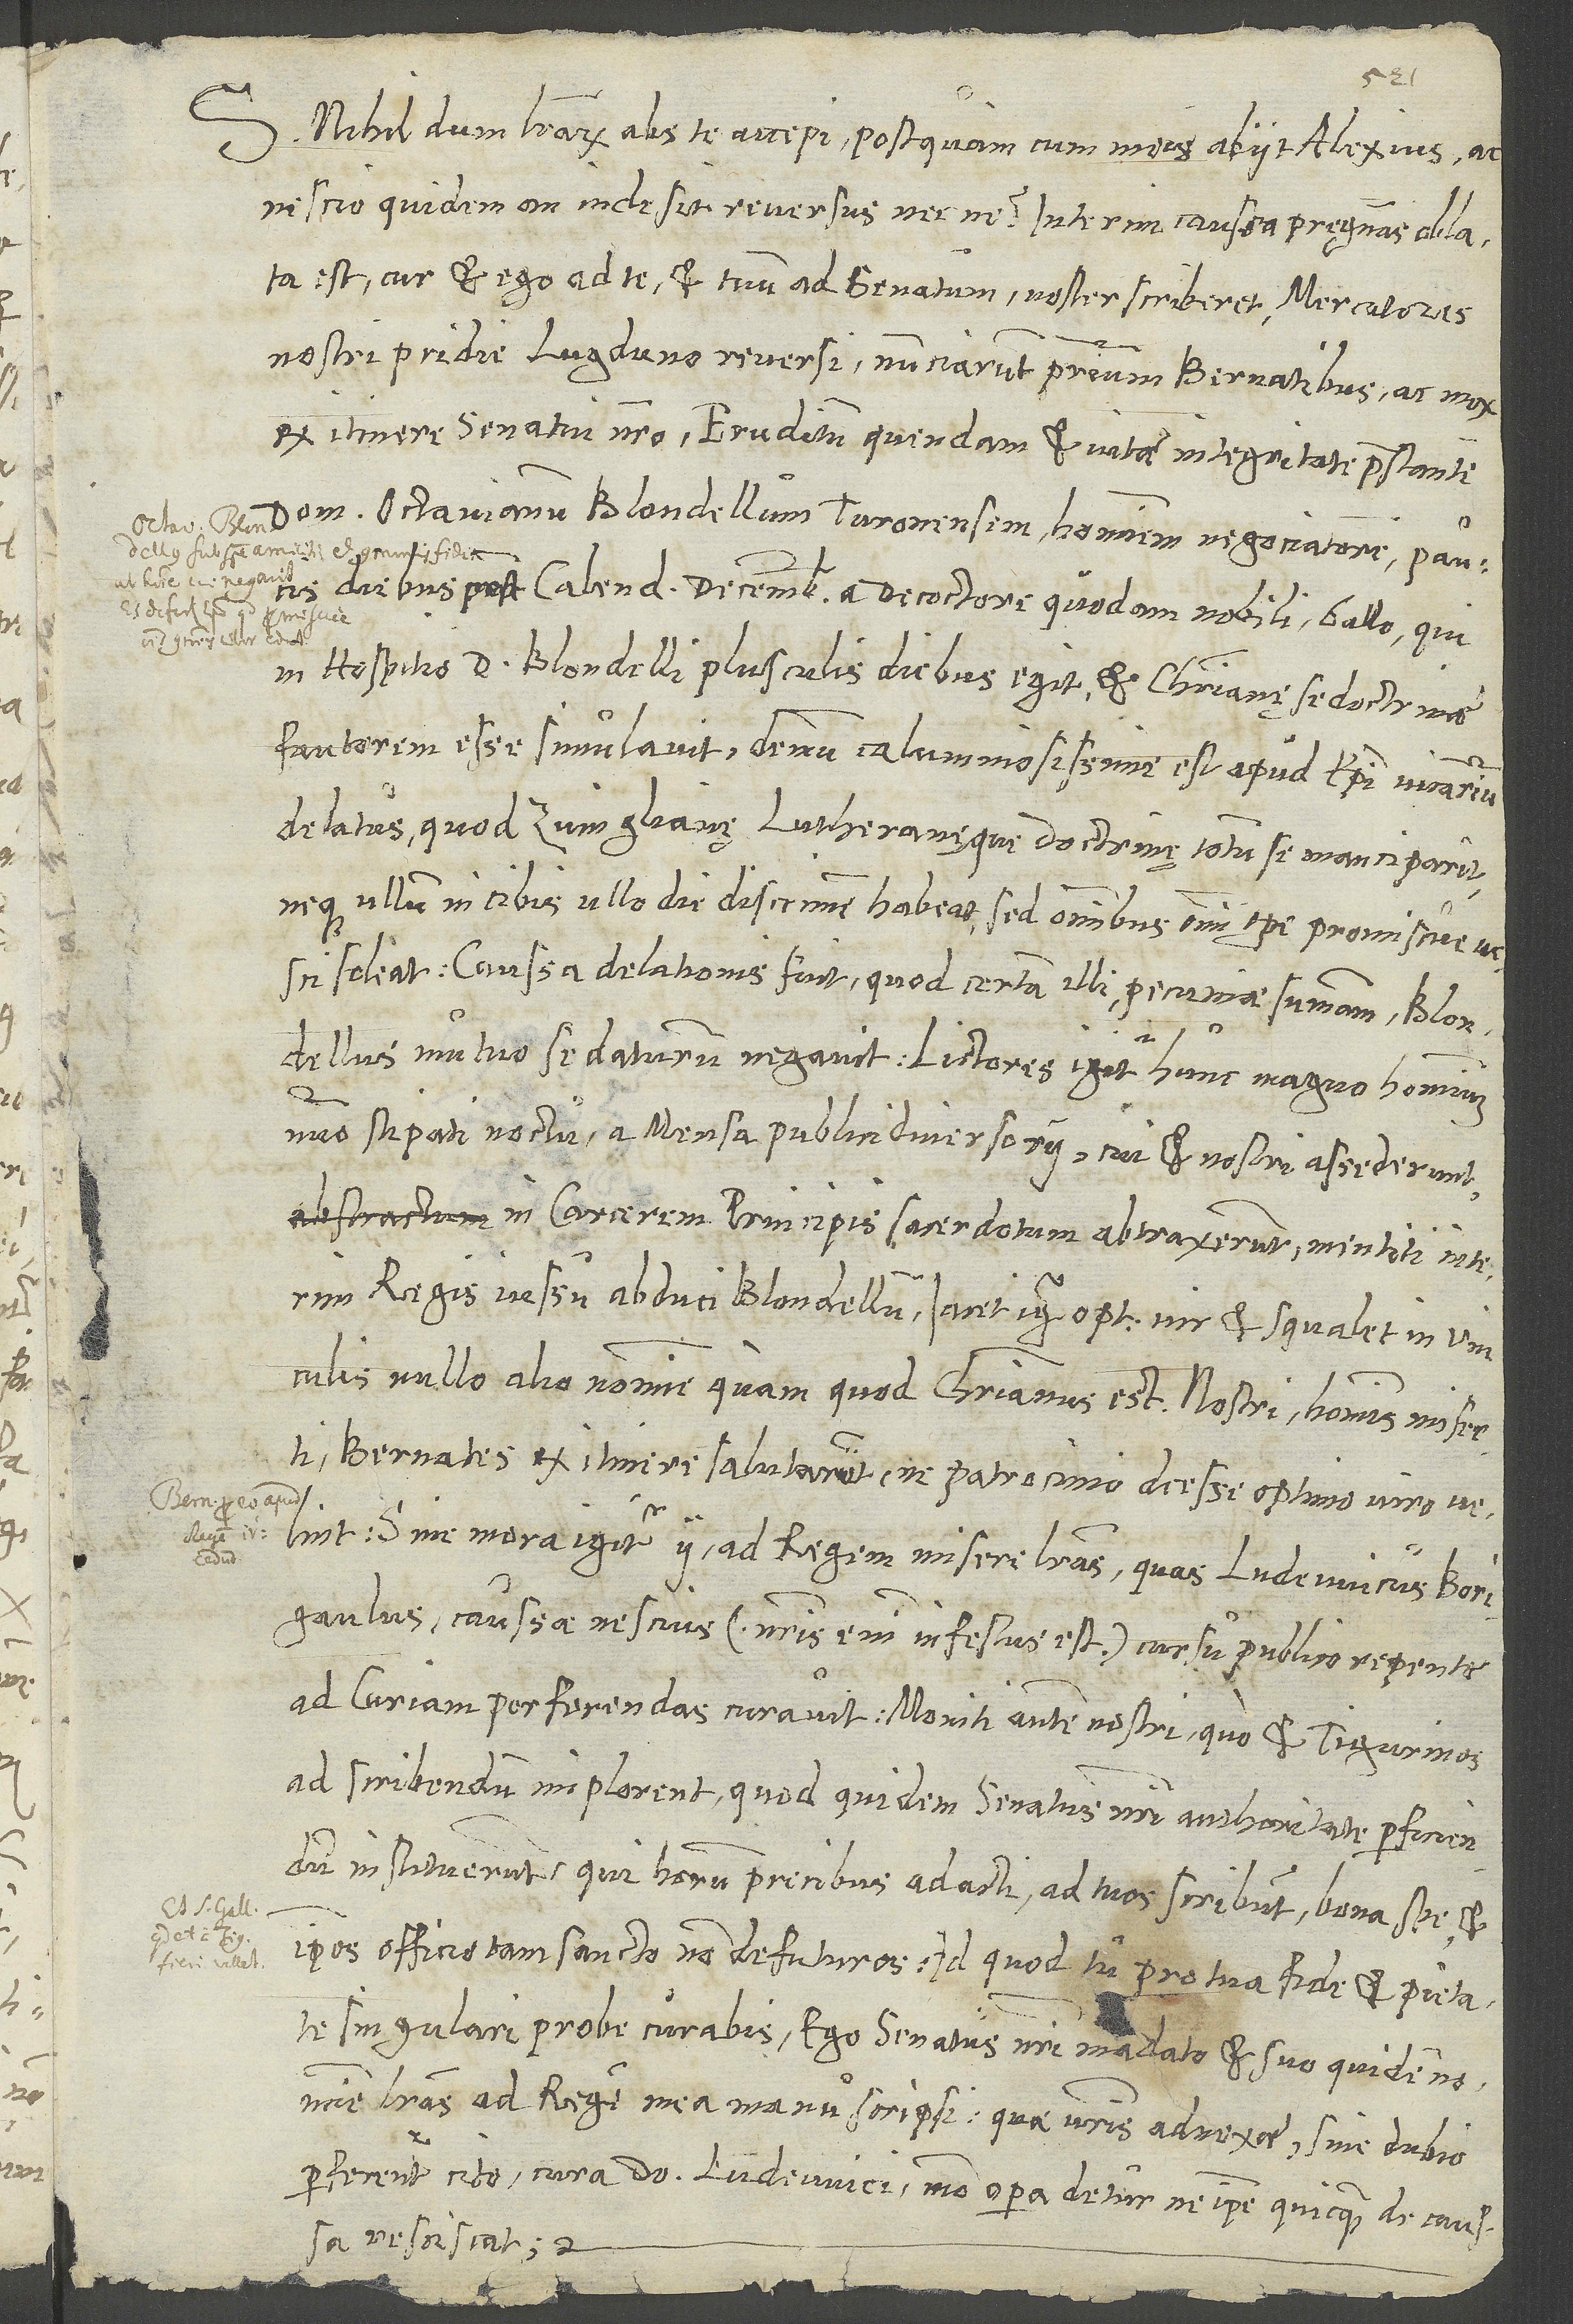
S. Nihildum literarum abs te accepi, postquam cum meis abiit Alexius, ac
nescio quidem, an inde sit reversus necne. Interim caussa pręgnans allata
est, cur et ego ad te et tuum ad senatum noster scriberet. Mercatores
nostri pridie Lugduno reversi nuntiarunt primum Bernatibus ac mox
ex itinere senatui nostro eruditum quendam et vitae integritate praestantem
Octavianum Blondellum Turonensem, hominem negociatorem, paucis
diebus post calendas decembres a decoctore quodam nobili Gallo, qui
in hospitio d. Blondelli plusculis diebus egit et christianę se doctrinae
fautorem esse simulavit, demum calumniosissime est apud episcopi vicarium
delatus, quod Zvinglianę Lutheranęque doctrinę totum se manciparit
neque ullum in cibis ullo die discrimen habeat, sed omnibus omni tempore promiscue vesci
soleat. Caussa delationis fuit, quod certam illi pecuniae summam Blondellus
mutuo se daturum negavit. Lictores igitur hunc magno hominum
numero stipati noctu a mensa publici diversorii, cui et nostri assederunt,
in carcerem principis sacerdotum abtraxerunt, mentiti interim
regis iussu abduci Blondellum. Iacet igitur optimus vir et squalet in vinculis
nullo alio nomine, quam quod christianus est. Nostri hominis miserti
Bernates ex itinere salutarunt, ne patrocinio deesse optimo viro velint.
Sine mora igitur ii ad regem misere literas, quas Ludewicus Borigaulus
caussae nescius (nostris enim infestus est) cursu publico repente
ad curiam perferendas curavit. Moniti autem nostri, quo et Tigurinos
ad scribendum implorent, quod quidem senatus nostri auctoritate perficiendum
instituerunt, qui horum precibus adacti ad tuos scribunt bona spe et
ipsos officio tam sancto non defuturos. Id quod tu pro tua fide et pietate
singulari probe curabis. Ego senatus nostri mandato et suo quidem
literas ad regem mea manu scripsi, quae vestris adnexae sine dubio
perferentur cito cura domini Ludewici, modo opera detur, ne ipse quicquam de caussa
resciscat.